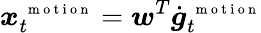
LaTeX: \boldsymbol x_{t}^{\mathrm{~\scriptsize~m~o~t~i~o~n~}}=\boldsymbol w^{T}\dot{\boldsymbol g}_{t}^{\mathrm{~\scriptsize~m~o~t~i~o~n~}}